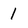
Character: 1